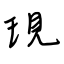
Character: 現